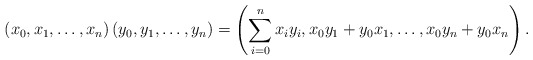
\begin{align*}\left(x_0,x_1,\dots, x_n\right)\left(y_0,y_1,\dots,y_n\right) =\left(\sum_{i=0}^n x_i y_i,x_0y_1+y_0x_1,\dots,x_0y_n+y_0x_n\right).\end{align*}